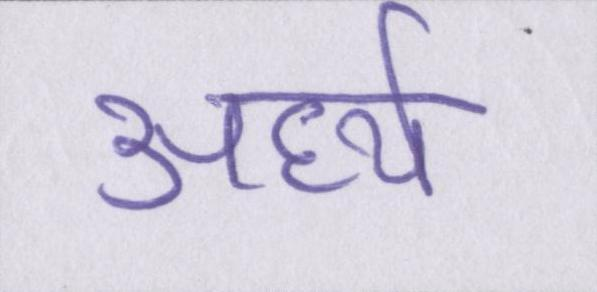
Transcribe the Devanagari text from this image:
अर्ध्य